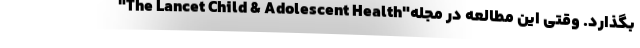
بگذارد. وقتی این مطالعه در مجله"The Lancet Child & Adolescent Health"